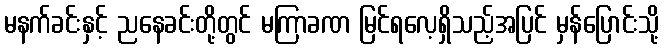
မနက်ခင်းနှင့် ညနေခင်းတို့တွင် မကြာခဏ မြင်ရလေ့ရှိသည့်အပြင် မှန်ပြောင်းသို့